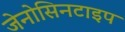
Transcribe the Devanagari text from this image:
जेनोसिनटाइप